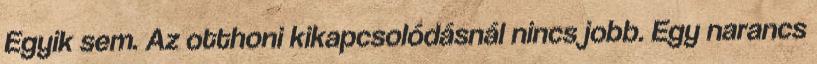
Egyik sem. Az otthoni kikapcsolódásnál nincs jobb. Egy narancs